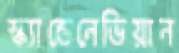
স্ক্যান্ডেনেভিয়ান